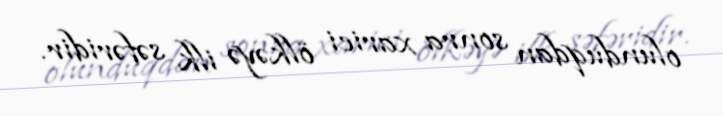
olunduqdan sonra xarici ölkəyə ilk səfəridir.